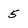
Character: 5